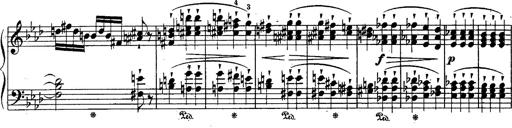
Title: Schubert's Impromptus [revised and edited by Franz Liszt]
Composer: Franz Liszt